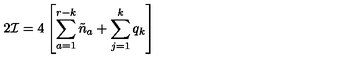
2 { \cal I } = 4 \left[ \sum _ { a = 1 } ^ { r - k } \tilde { n } _ { a } + \sum _ { j = 1 } ^ { k } q _ { k } \right]